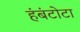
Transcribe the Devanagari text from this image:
हंबंटोटा